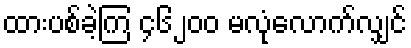
ထားပစ်ခဲ့ကြ ၄၆၂၀၀ မလုံလောက်လျှင်